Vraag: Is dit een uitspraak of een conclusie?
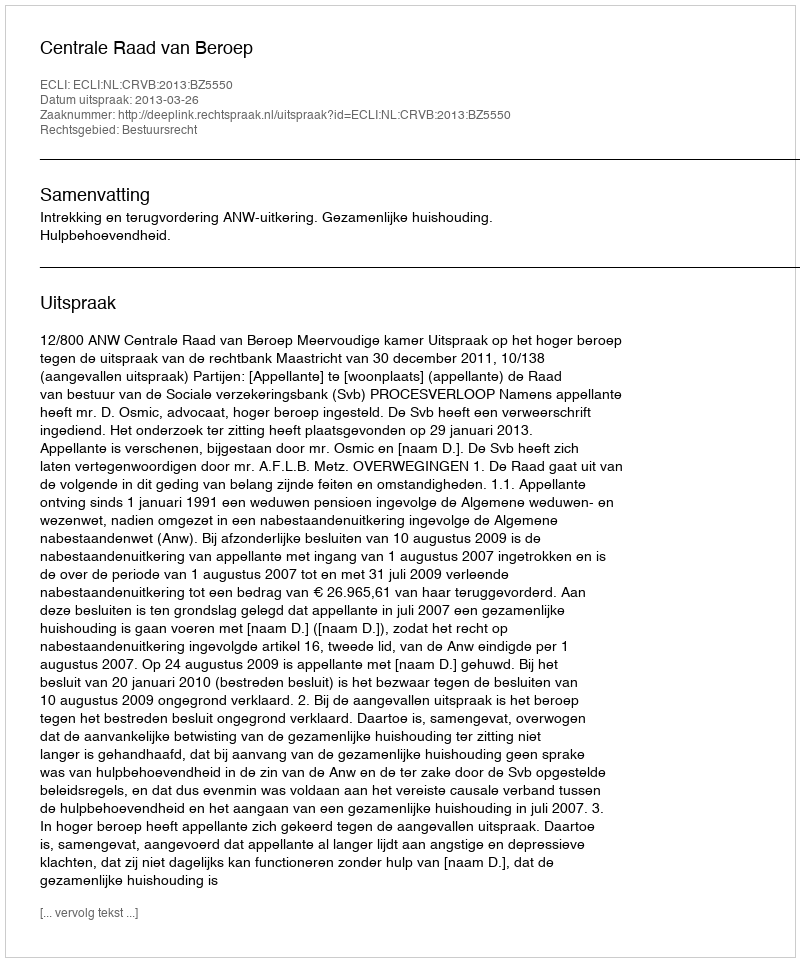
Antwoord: Uitspraak